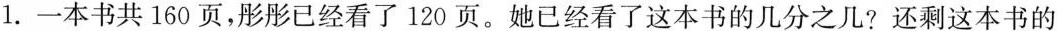
1.一本书共160页，彤彤已经看了120页。她已经看了这本书的几分之几?还剩这本书的